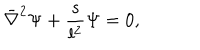
\bar { \nabla } ^ { 2 } \Psi + { \frac { s } { l ^ { 2 } } } \Psi = 0 ,